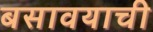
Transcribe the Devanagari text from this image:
बसावयाची